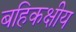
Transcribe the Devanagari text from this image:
बहिकक्षीय